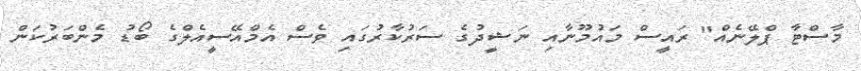
މާސްޓާ ޕްލޭނެއް" ރައީސް މައުމޫނާއި ނަޝީދުގެ ސަރުކާރުގައި ވެސް އެމްއޭސީއެލްގެ ބޯޑު މެންބަރުކަން